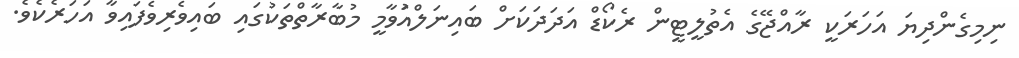
ނިމިގެންދިޔަ އަހަރަކީ ރާއްޖޭގެ އެތުލީޓީން ރެކޯޑް އަދަދަކަށް ބައިނަލްއަުވާމީ މުބާރާތްތަކުގައި ބައިވެރިވެފައިވާ އަހަރެކެވެ.